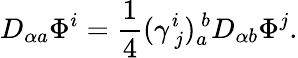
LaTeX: D_{\alpha a}\Phi^{i}={\frac{1}{4}}(\gamma_{\ j}^{i})_{a}^{\ b}D_{\alpha b}\Phi^{j}.